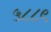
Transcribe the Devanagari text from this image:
५८८९